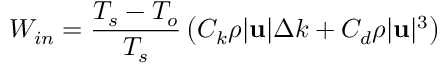
W _ { i n } = { \frac { T _ { s } - T _ { o } } { T _ { s } } } \left( C _ { k } \rho | \mathbf { u } | \Delta k + C _ { d } \rho | \mathbf { u } | ^ { 3 } \right)